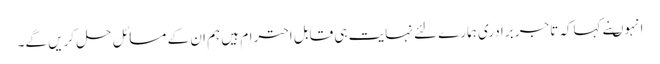
انہوںنے کہاکہ تاجر برادری ہمارے لئے نہایت ہی قابل احترام ہیں ہم ان کے مسائل حل کریں گے۔